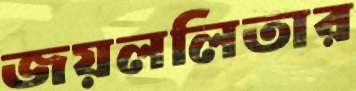
জয়ললিতার